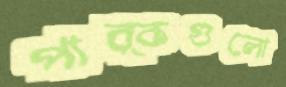
পার্কগুলো